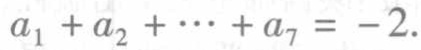
\(a_{1} + a_{2} + \cdots + a_{7} = -2.\)